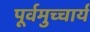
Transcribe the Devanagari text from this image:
पूर्वमुच्चार्य